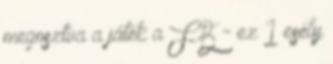
megosztva a játék a FB - ez 1 esély